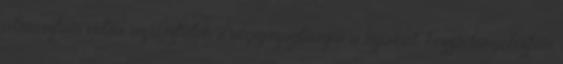
átmásztam volna az asztalon s végigszaglászva a nyakát, hozzádörgölőztem